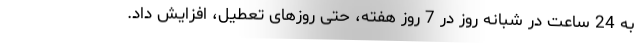
به 24 ساعت در شبانه روز در 7 روز هفته، حتی روزهای تعطیل، افزایش داد.